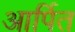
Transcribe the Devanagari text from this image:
आर्पित